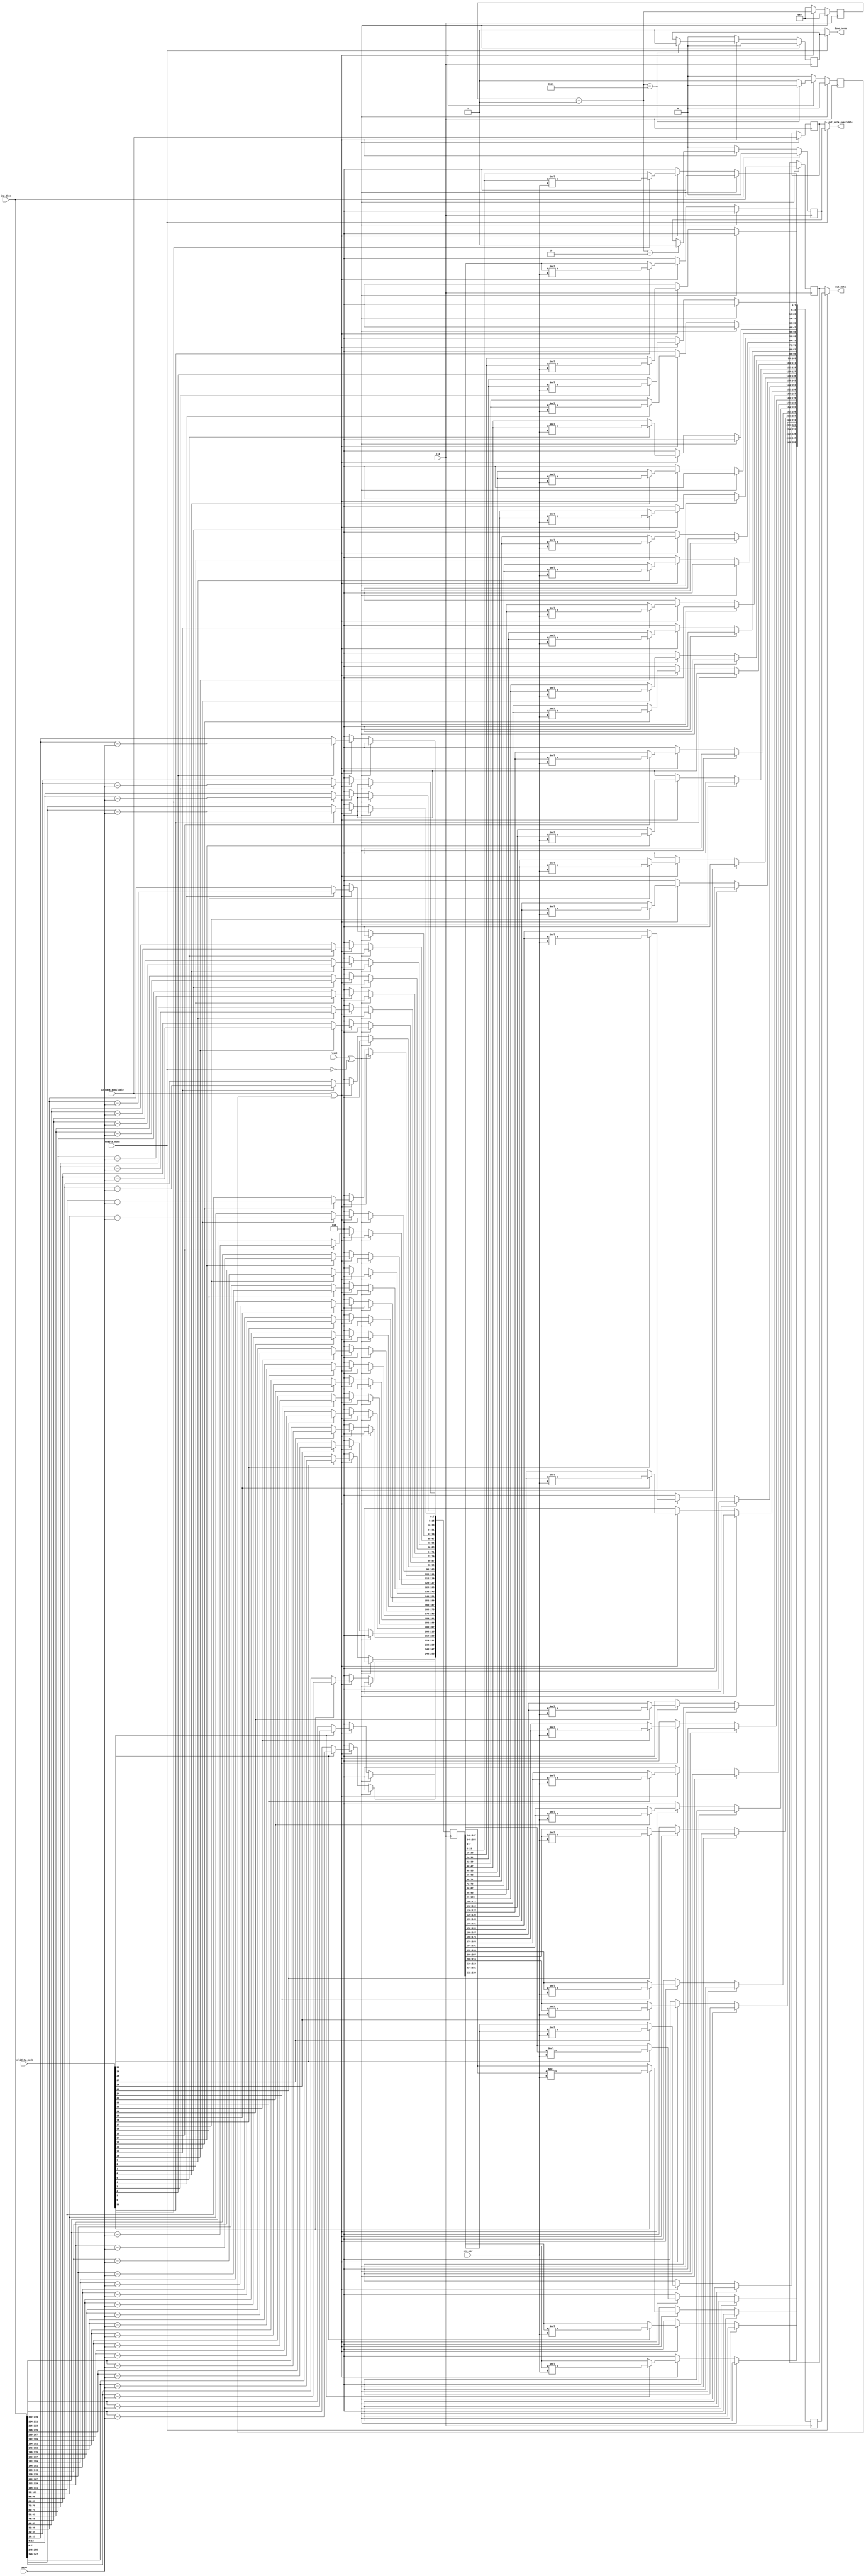
`define DWIDTH 8
`define DESIGN_SIZE 32
`define LOG2_DESIGN_SIZE 5
`define MAT_MUL_SIZE 32
`define MASK_WIDTH 32
`define LOG2_MAT_MUL_SIZE 5
`define AWIDTH 10
`define NUM_CYCLES_IN_MAC 3
`define MEM_ACCESS_LATENCY 1
`define REG_DATAWIDTH 32
`define REG_ADDRWIDTH 8
`define ADDR_STRIDE_WIDTH 16
`define MAX_BITS_POOL 3
`define REG_ENABLES_ADDR 32'h0
`define REG_STDN_TPU_ADDR 32'h4
`define REG_MEAN_ADDR 32'h8
`define REG_INV_VAR_ADDR 32'hA
`define REG_MATRIX_A_ADDR 32'he
`define REG_MATRIX_B_ADDR 32'h12
`define REG_MATRIX_C_ADDR 32'h16
`define REG_ACCUM_ACTIONS_ADDR 32'h24
`define REG_MATRIX_A_STRIDE_ADDR 32'h28
`define REG_MATRIX_B_STRIDE_ADDR 32'h32
`define REG_MATRIX_C_STRIDE_ADDR 32'h36
`define REG_ACTIVATION_CSR_ADDR 32'h3A
`define REG_POOL_WINDOW_ADDR 32'h3E
`define REG_CONV_PARAMS_1_ADDR 32'h40
`define REG_CONV_PARAMS_2_ADDR 32'h44
`define REG_CONV_PARAMS_3_ADDR 32'h48
`define REG_CONV_PARAMS_4_ADDR 32'h4C
`define REG_BATCH_SIZE_ADDR 32'h50
`define REG_VALID_MASK_A_ROWS_ADDR 32'h20
`define REG_VALID_MASK_A_COLS_ADDR 32'h54
`define REG_VALID_MASK_B_ROWS_ADDR 32'h5c
`define REG_VALID_MASK_B_COLS_ADDR 32'h58
//This used to be a normal signal, but changing it to a `define.
`define final_mat_mul_size 32
`define SIMULATION
`define IDLE     2'b00
`define W_ENABLE  2'b01
`define R_ENABLE  2'b10
`define STATE_INIT         4'b0000
`define STATE_MATMUL       4'b0001
`define STATE_NORM         4'b0010
`define STATE_POOL         4'b0011
`define STATE_ACTIVATION   4'b0100
`define STATE_DONE         4'b0101

module norm(
    input enable_norm,
    input [`DWIDTH-1:0] mean,
    input [`DWIDTH-1:0] inv_var,
    input in_data_available,
    input [`DESIGN_SIZE*`DWIDTH-1:0] inp_data,
    output [`DESIGN_SIZE*`DWIDTH-1:0] out_data,
    output out_data_available,
    input [`MASK_WIDTH-1:0] validity_mask,
    output done_norm,
    input clk,
    input reset
);

reg out_data_available_internal;
wire [`DESIGN_SIZE*`DWIDTH-1:0] out_data_internal;
reg [`DESIGN_SIZE*`DWIDTH-1:0] mean_applied_data;
reg [`DESIGN_SIZE*`DWIDTH-1:0] variance_applied_data;
reg done_norm_internal;
reg norm_in_progress;
reg in_data_available_flopped;
reg [`DESIGN_SIZE*`DWIDTH-1:0] inp_data_flopped;

//Muxing logic to handle the case when this block is disabled
assign out_data_available = (enable_norm) ? out_data_available_internal : in_data_available_flopped;
assign out_data = (enable_norm) ? out_data_internal : inp_data_flopped;
assign done_norm = (enable_norm) ? done_norm_internal : 1'b1;

//inp_data will have multiple elements in it. the number of elements is the same as size of the matmul.
//on each clock edge, if in_data_available is 1, then we will normalize the inputs.

//the code uses the funky part-select syntax. example:
//wire [7:0] byteN = word[byte_num*8 +: 8];
//byte_num*8 is the starting point. 8 is the width is the part-select (has to be constant).in_data_available
//+: indicates the part-select increases from the starting point
//-: indicates the part-select decreases from the starting point
//another example:
//loc = 3;
//PA[loc -:4] = PA[loc+1 +:4];  // equivalent to PA[3:0] = PA[7:4];

reg [31:0] cycle_count;
reg [31:0] i;
always @(posedge clk) begin
    if ((reset || ~enable_norm)) begin
        mean_applied_data <= 0;
        variance_applied_data <= 0;
        out_data_available_internal <= 0;
        cycle_count <= 0;
        done_norm_internal <= 0;
        norm_in_progress <= 0;
        in_data_available_flopped <= in_data_available;
        inp_data_flopped <= inp_data;
    end else if (in_data_available || norm_in_progress) begin
        cycle_count = cycle_count + 1;
        //Let's apply mean and variance as the input data comes in.
        //We have a pipeline here. First stage does the add (to apply the mean)
        //and second stage does the multiplication (to apply the variance).
        //Note: the following loop is not a loop across multiple columns of data.
        //This loop will run in 2 cycle on the same column of data that comes into 
        //this module in 1 clock.
        for (i = 0; i < `DESIGN_SIZE; i=i+1) begin
            if (validity_mask[i] == 1'b1) begin
                mean_applied_data[i*`DWIDTH +: `DWIDTH] <= (inp_data[i*`DWIDTH +: `DWIDTH] - mean);
                variance_applied_data[i*`DWIDTH +: `DWIDTH] <= (mean_applied_data[i*`DWIDTH +: `DWIDTH] * inv_var);
            end 
            else begin
                mean_applied_data[i*`DWIDTH +: `DWIDTH] <= (inp_data[i*`DWIDTH +: `DWIDTH]);
                variance_applied_data[i*`DWIDTH +: `DWIDTH] <= (mean_applied_data[i*`DWIDTH +: `DWIDTH]);
            end
        end

        //Out data is available starting with the second clock cycle because 
        //in the first cycle, we only apply the mean.
        if(cycle_count==2) begin
            out_data_available_internal <= 1;
        end

        //When we've normalized values N times, where N is the matmul
        //size, that means we're done. But there is one additional cycle
        //that is taken in the beginning (when we are applying the mean to the first
        //column of data). We can call this the Initiation Interval of the pipeline.
        //So, for a 4x4 matmul, this block takes 5 cycles.
        if(cycle_count==(`DESIGN_SIZE+1)) begin
            done_norm_internal <= 1'b1;
            norm_in_progress <= 0;
        end
        else begin
            norm_in_progress <= 1;
        end
    end
    else begin
        mean_applied_data <= 0;
        variance_applied_data <= 0;
        out_data_available_internal <= 0;
        cycle_count <= 0;
        done_norm_internal <= 0;
        norm_in_progress <= 0;
    end
end

assign out_data_internal = variance_applied_data;

endmodule